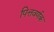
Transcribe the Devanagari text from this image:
पित्तवर्णक